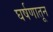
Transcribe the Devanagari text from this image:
घर्षणातून